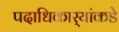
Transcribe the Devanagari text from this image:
पदाधिकार्‍यांकडे